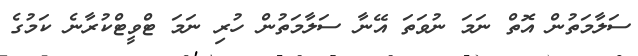
ސަލާމަތުން އޮތް ނަމަ ނުވަތަ އޭނާ ސަލާމަތުން ހުރި ނަމަ ޓްވީޓްކުރާނެ ކަމުގެ